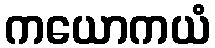
ကယောကယံ